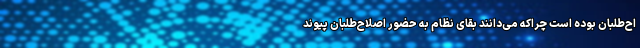
اح‌طلبان بوده است چراکه می‌دانند بقای نظام به حضور اصلاح‌طلبان پیوند